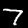
Label: 7